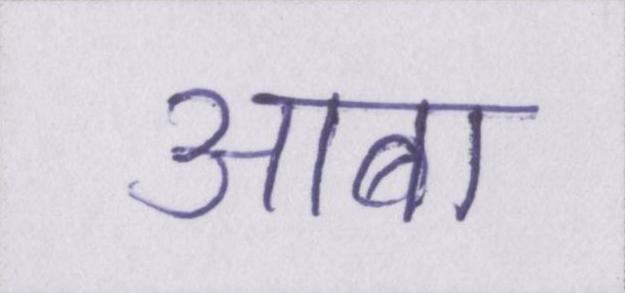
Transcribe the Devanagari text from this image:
आबा